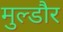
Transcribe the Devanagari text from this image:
मुल्डौर